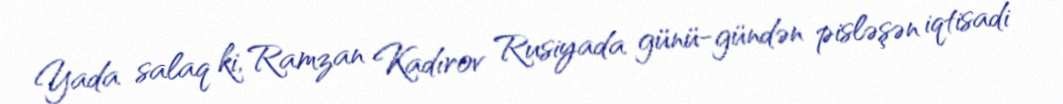
Yada salaq ki, Ramzan Kadırov Rusiyada günü-gündən pisləşən iqtisadi